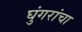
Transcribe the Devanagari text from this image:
घुंगरांचा